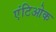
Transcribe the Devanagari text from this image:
एंटिओक